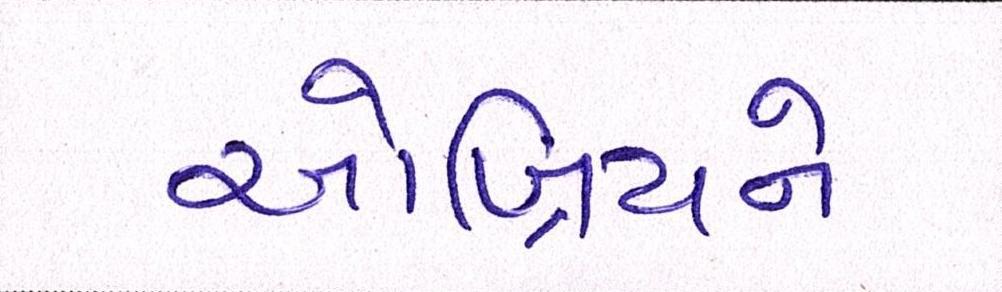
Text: ઓબ્રિયને